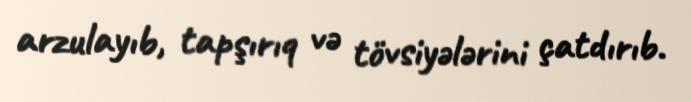
arzulayıb, tapşırıq və tövsiyələrini çatdırıb.